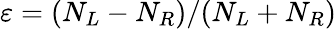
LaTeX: \varepsilon=(N_{L}-N_{R})/(N_{L}+N_{R})